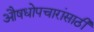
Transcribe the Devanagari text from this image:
औषधोपचारांसाठी